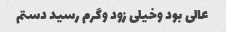
عالی بود و‌خیلی زود و‌گرم رسید دستم